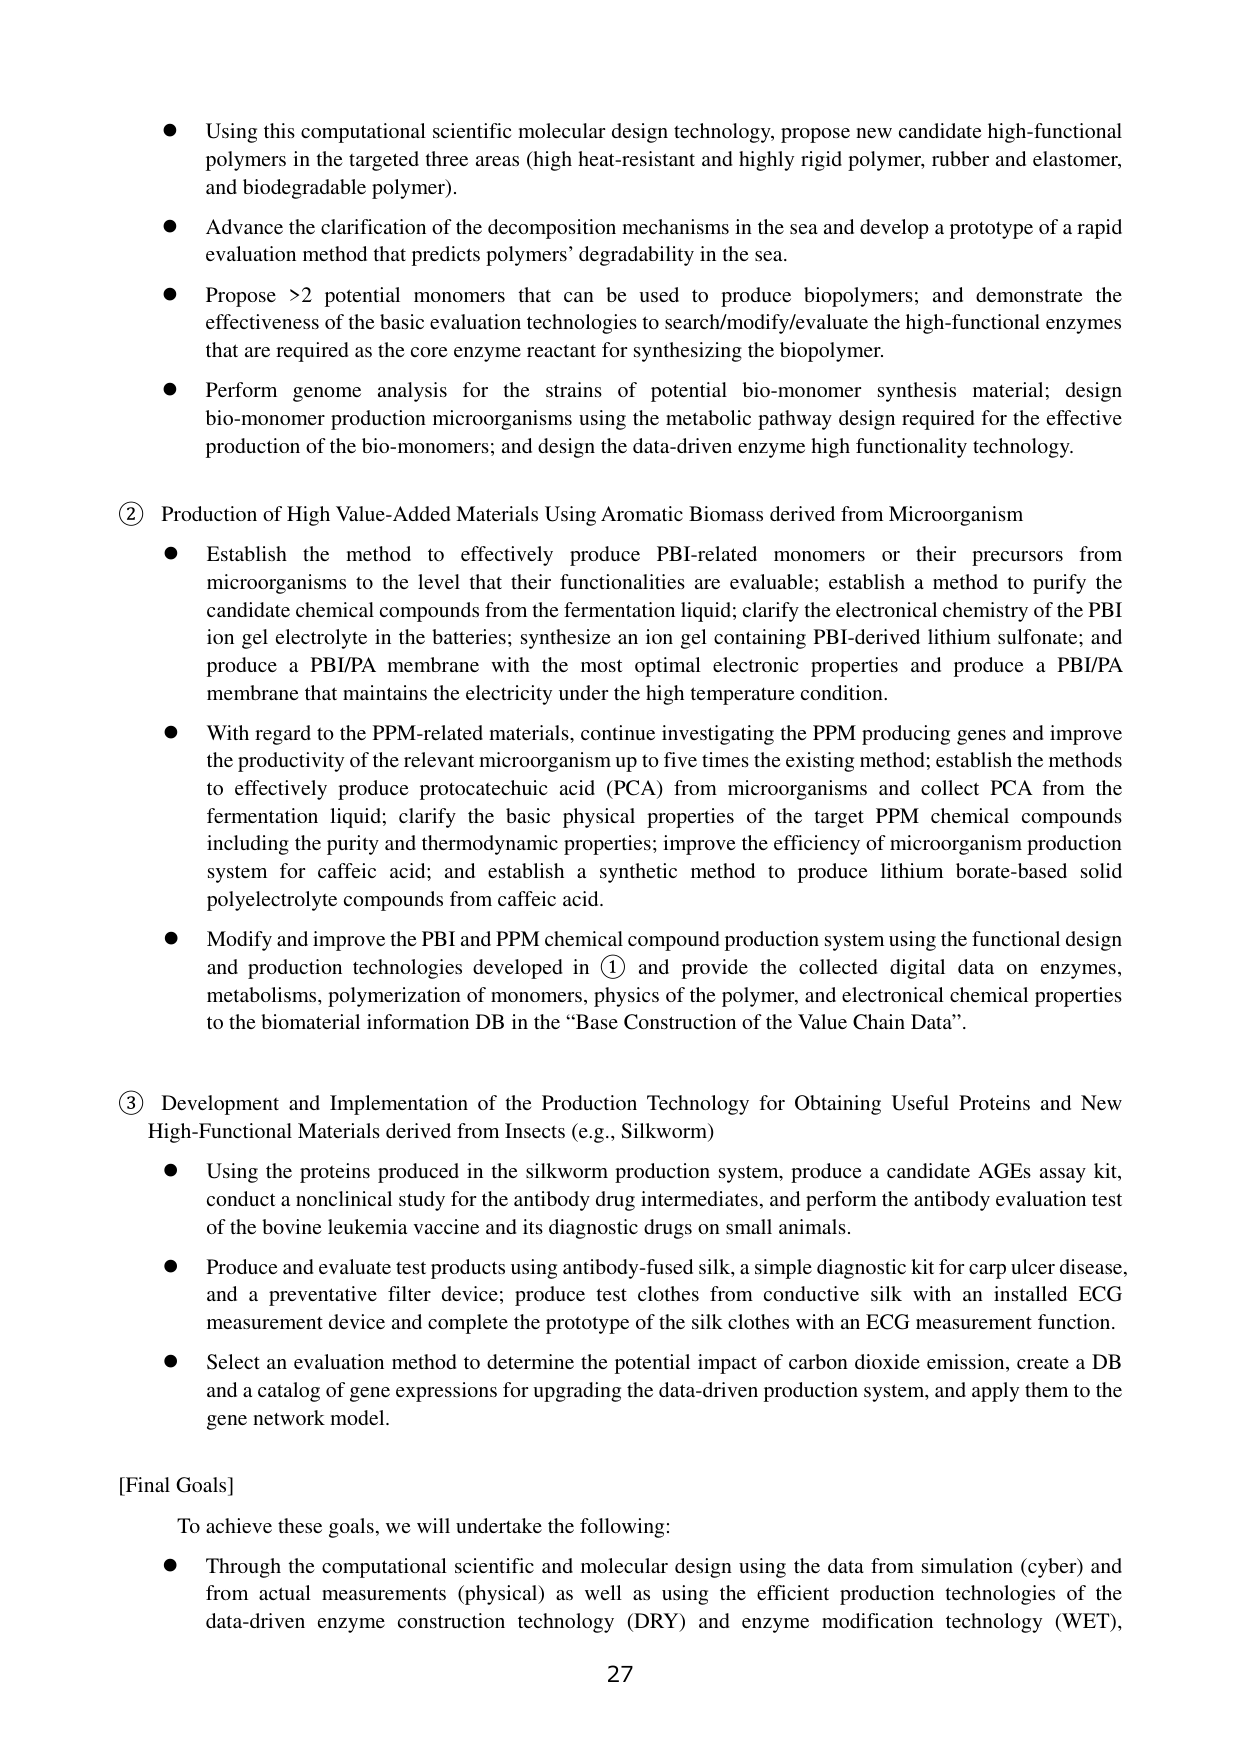
● Using this computational scientific molecular design technology, propose new candidate high-functional polymers in the targeted three areas (high heat-resistant and highly rigid polymer, rubber and elastomer, and biodegradable polymer).

● Advance the clarification of the decomposition mechanisms in the sea and develop a prototype of a rapid evaluation method that predicts polymers’ degradability in the sea.

● Propose >2 potential monomers that can be used to produce biopolymers; and demonstrate the effectiveness of the basic evaluation technologies to search/modify/evaluate the high-functional enzymes that are required as the core enzyme reactant for synthesizing the biopolymer.

● Perform genome analysis for the strains of potential bio-monomer synthesis material; design bio-monomer production microorganisms using the metabolic pathway design required for the effective production of the bio-monomers; and design the data-driven enzyme high functionality technology.

② Production of High Value-Added Materials Using Aromatic Biomass derived from Microorganism

● Establish the method to effectively produce PBI-related monomers or their precursors from microorganisms to the level that their functionalities are evaluable; establish a method to purify the candidate chemical compounds from the fermentation liquid; clarify the electronical chemistry of the PBI ion gel electrolyte in the batteries; synthesize an ion gel containing PBI-derived lithium sulfonate; and produce a PBI/PA membrane with the most optimal electronic properties and produce a PBI/PA membrane that maintains the electricity under the high temperature condition.

● With regard to the PPM-related materials, continue investigating the PPM producing genes and improve the productivity of the relevant microorganism up to five times the existing method; establish the methods to effectively produce protocatechuic acid (PCA) from microorganisms and collect PCA from the fermentation liquid; clarify the basic physical properties of the target PPM chemical compounds including the purity and thermodynamic properties; improve the efficiency of microorganism production system for caffeic acid; and establish a synthetic method to produce lithium borate-based solid polyelectrolyte compounds from caffeic acid.

● Modify and improve the PBI and PPM chemical compound production system using the functional design and production technologies developed in ① and provide the collected digital data on enzymes, metabolisms, polymerization of monomers, physics of the polymer, and electronical chemical properties to the biomaterial information DB in the “Base Construction of the Value Chain Data”.

③ Development and Implementation of the Production Technology for Obtaining Useful Proteins and New High-Functional Materials derived from Insects (e.g., Silkworm)

● Using the proteins produced in the silkworm production system, produce a candidate AGEs assay kit, conduct a nonclinical study for the antibody drug intermediates, and perform the antibody evaluation test of the bovine leukemia vaccine and its diagnostic drugs on small animals.

● Produce and evaluate test products using antibody-fused silk, a simple diagnostic kit for carp ulcer disease, and a preventative filter device; produce test clothes from conductive silk with an installed ECG measurement device and complete the prototype of the silk clothes with an ECG measurement function.

● Select an evaluation method to determine the potential impact of carbon dioxide emission, create a DB and a catalog of gene expressions for upgrading the data-driven production system, and apply them to the gene network model.

[Final Goals]

To achieve these goals, we will undertake the following:

● Through the computational scientific and molecular design using the data from simulation (cyber) and from actual measurements (physical) as well as using the efficient production technologies of the data-driven enzyme construction technology (DRY) and enzyme modification technology (WET),

27